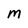
Character: M